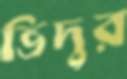
ভিদুর